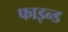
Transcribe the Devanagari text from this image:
फाइन्ड